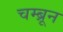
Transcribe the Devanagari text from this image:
चम्ब्रून